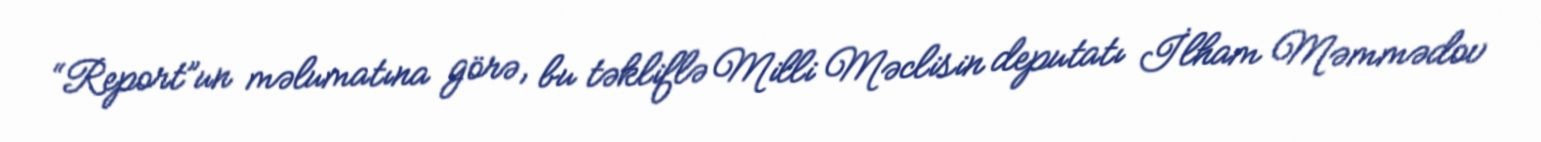
“Report”un məlumatına görə, bu təkliflə Milli Məclisin deputatı İlham Məmmədov